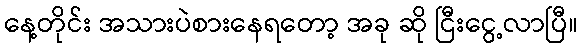
နေ့တိုင်း အသားပဲစားနေရတော့ အခု ဆို ငြီးငွေ့လာပြီ။